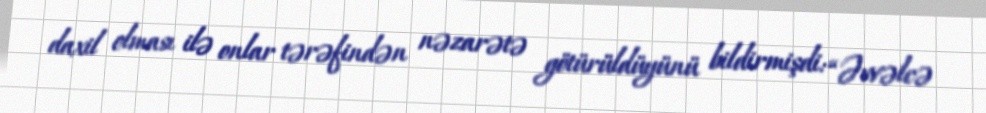
daxil olması ilə onlar tərəfindən nəzarətə götürüldüyünü bildirmişdi: “Əvvəlcə